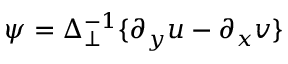
\psi = \Delta _ { \perp } ^ { - 1 } \{ \partial _ { y } u - \partial _ { x } v \}